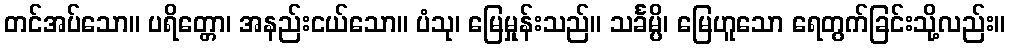
တင်အပ်သော။ ပရိတ္တော၊ အနည်းငယ်သော။ ပံသု၊ မြေမှုန်းသည်။ သင်္ခမ္ပိ၊ မြေဟူသော ရေတွက်ခြင်းသို့လည်း။